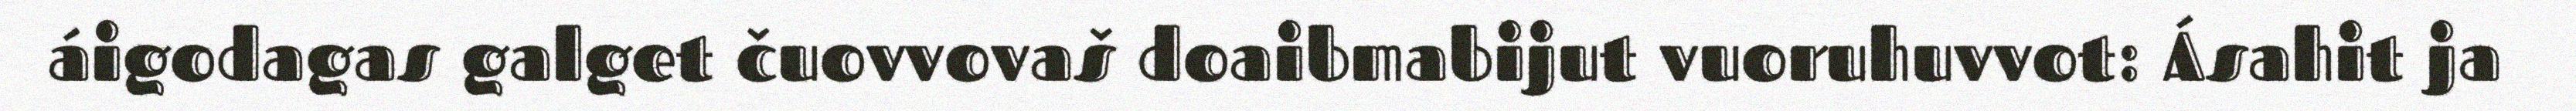
áigodagas galget čuovvovaš doaibmabijut vuoruhuvvot: Ásahit ja